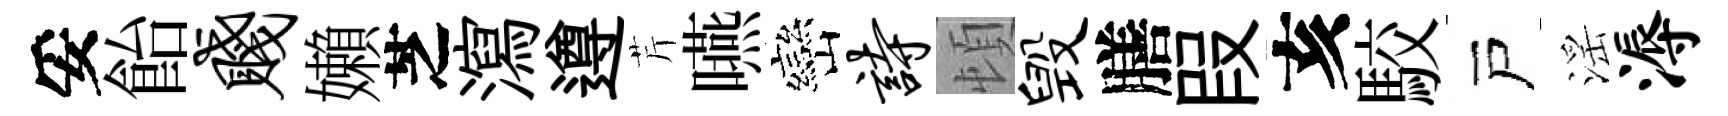
妥飴贱嬾芝瀉遵芹嚥巒诗頓毁膳叚亥駮戸滛溽